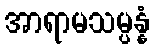
အာရာမသမ္ပန္နံ